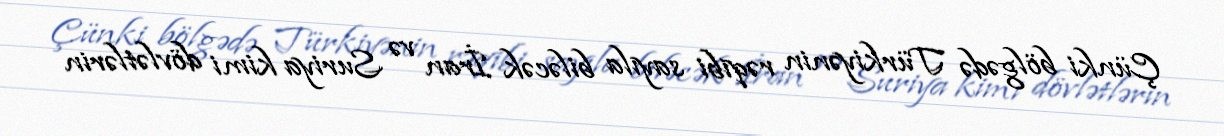
Çünki bölgədə Türkiyənin rəqibi sayıla biləcək İran və Suriya kimi dövlətlərin